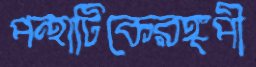
পন্থাটিকেরঙ্গপী